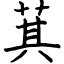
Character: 萁